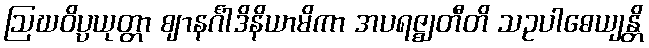
ဩဃဝိပ္ပယုတ္တာ ဈာနင်္ဂါဒိနိယာမိကာ အပရဇ္ဈတီတိ သဥပါဓေယျန္တိ